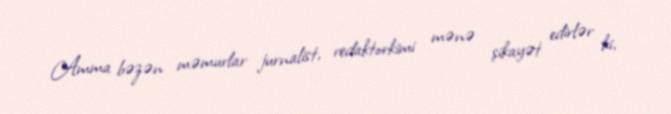
Amma bəzən məmurlar jurnalist, redaktorkimi mənə şikayət edirlər ki,